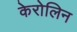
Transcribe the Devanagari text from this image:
केरोलिन